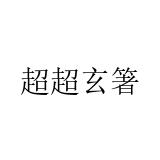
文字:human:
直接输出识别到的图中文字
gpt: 超超玄箸